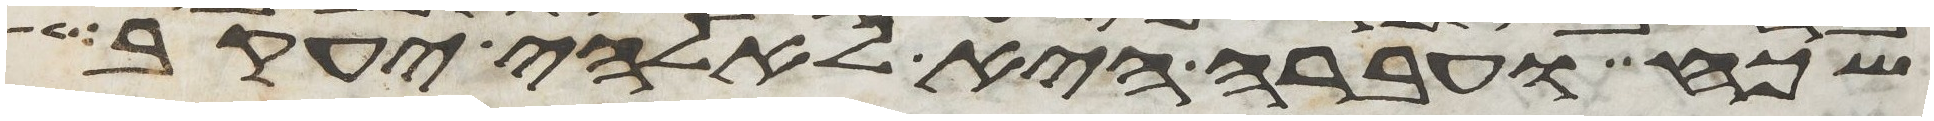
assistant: שכח ועברה היא לאלהי יעקב